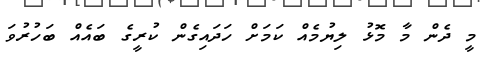
މީ ދެން މާ މޮޅު ލިޔުމެއް ކަމަށް ހަދައިގެން ކުރީގެ ބައެއް ބަހުުރުވަ